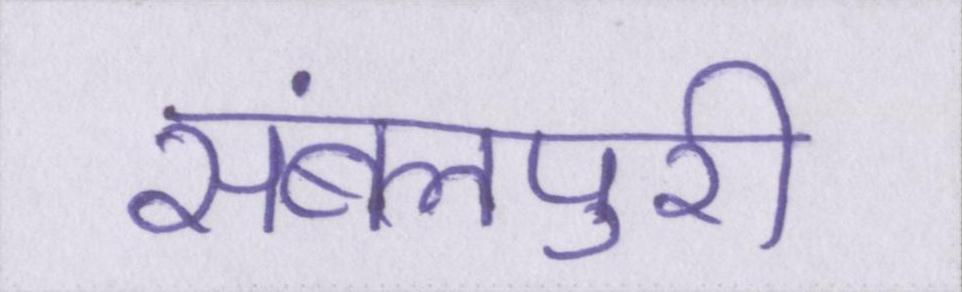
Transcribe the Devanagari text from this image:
संबलपुरी